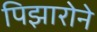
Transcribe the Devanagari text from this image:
पिझारोने